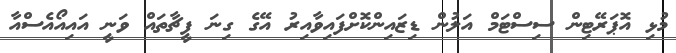
މުޅި އޮޕަރޭޓިން ސިސްޓަމް އަލުން ޑިޒައިންކޮށްފައިވާއިރު އޭގެ ގިނަ ފީޗާތައް ވަނީ އައިއޯއެސްއާ